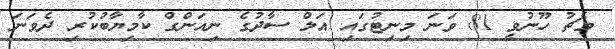
މެޗު ހޫނުވީ 81 ވަނަ މިނިޓުގައި އަލް ސާދުގެ ނިއަންގް ކާމިޔާބުކުރި ދެވަނަ